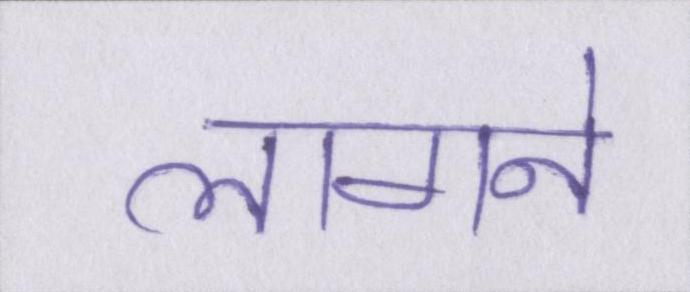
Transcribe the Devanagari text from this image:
लागने